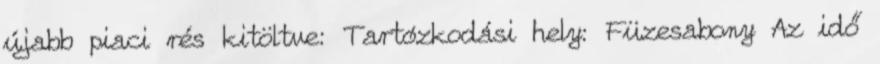
újabb piaci rés kitöltve: Tartózkodási hely: Füzesabony Az idő